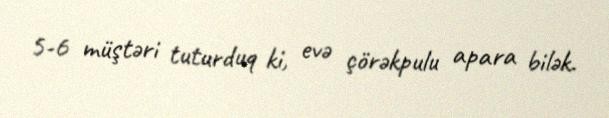
5-6 müştəri tuturduq ki, evə çörəkpulu apara bilək.